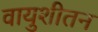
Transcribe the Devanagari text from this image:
वायुशीतन